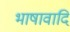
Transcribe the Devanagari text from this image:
भाषावादि